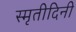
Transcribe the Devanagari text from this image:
स्मृतीदिनी